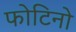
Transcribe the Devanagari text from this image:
फोटिनो